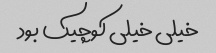
خیلی خیلی کوچیک بود